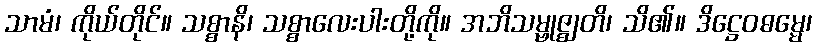
သာမံ၊ ကိုယ်တိုင်။ သစ္စာနိ၊ သစ္စာလေးပါးတို့ကို။ အဘိသမ္ဗုဇ္ဈတိ၊ သိ၏။ ဒိဋ္ဌေဝဓမ္မေ၊